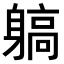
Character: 𨉲